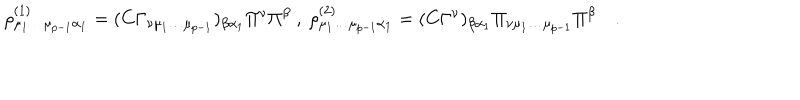
\rho _ { \mu _ { 1 } \dots \mu _ { p - 1 } \alpha _ { 1 } } ^ { ( 1 ) } = ( C \Gamma _ { \nu \mu _ { 1 } \dots \mu _ { p - 1 } } ) _ { \beta \alpha _ { 1 } } \Pi ^ { \nu } \Pi ^ { \beta } \ , \ \rho _ { \mu _ { 1 } \dots \mu _ { p - 1 } \alpha _ { 1 } } ^ { ( 2 ) } = ( C \Gamma ^ { \nu } ) _ { \beta \alpha _ { 1 } } \Pi _ { \nu \mu _ { 1 } \dots \mu _ { p - 1 } } \Pi ^ { \beta } \quad .